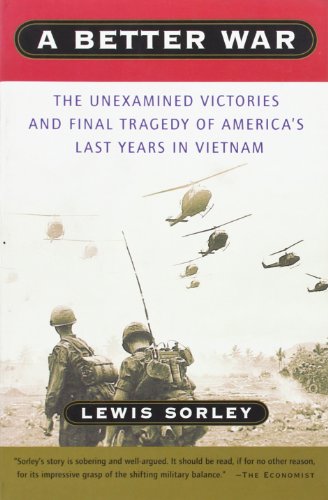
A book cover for A Better War: The Unexamined Victories and Final Tragedy of America's Last Years in Vietnam; Lewis Sorley; History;